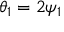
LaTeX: \theta _ { 1 } = 2 \psi _ { 1 }